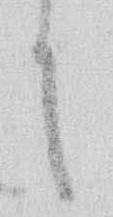
に